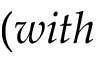
( w i t h